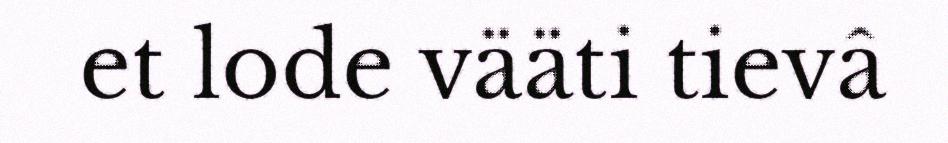
et lode vääti tievâ